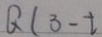
Q ( 3 - t